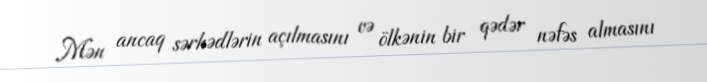
Mən ancaq sərhədlərin açılmasını və ölkənin bir qədər nəfəs almasını